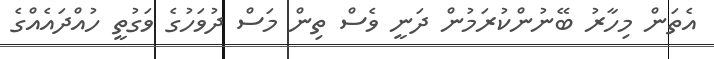
އެތަން މިހާރު ބޭނުންކުރަމުން ދަނީ ވެސް ތިން މަސް ދުވަހުގެ ވަގުތީ ހުއްދައެއްގެ